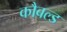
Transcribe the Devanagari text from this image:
कौबल्ड